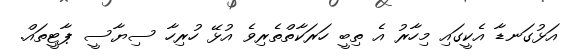
އަޅުގަނޑާ އެކީގައި މިހާރު އެ ތިބީ ހަރަކާތްތެރިވެ އުޅޭ ހުރިހާ ސިޔާސީ ޕާޓީތައް.